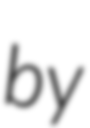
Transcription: by